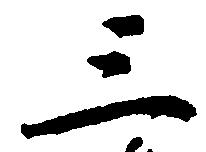
三